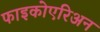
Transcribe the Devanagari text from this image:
फाइकोएरिअन